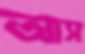
আস